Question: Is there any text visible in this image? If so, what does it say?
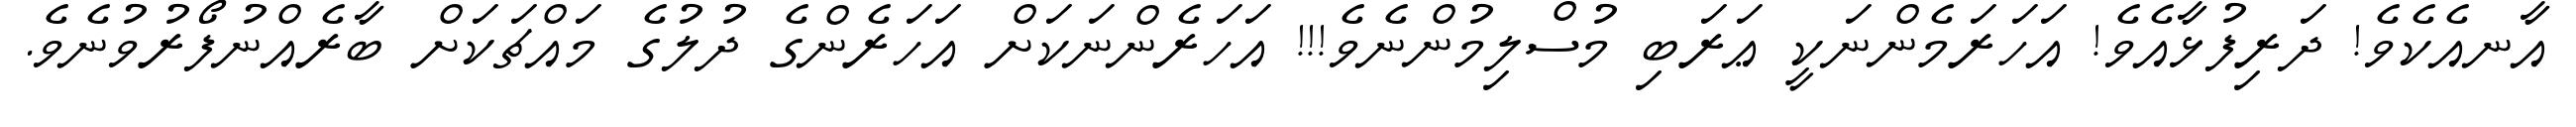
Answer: އާނއެކެވެ! ދަރިފުޅާއެވެ! އަހަރަމެންނަކީ ޢަރަބި މުސްލިމުންނެވެ!!! އަހަރެންނަކަށް އަހަރެންގެ ދުލުގެ މައްޗަކަށް ބާރެއްނުފޯރުވުނެވެ.